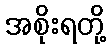
အစိုးရတို့